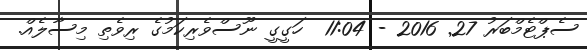
ސެޕްޓެމްބަރު 27